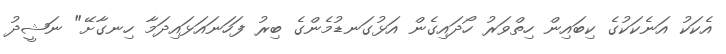
އެކަކު އަނެކަކުގެ ކިބައިން ހިތްވަރު ހޯދައިގެން އަޅުގަނޑުމެންގެ ބިރު ފަހަނައަޅައިދަމާ ހިނގާށޭ" ނަޝީދު